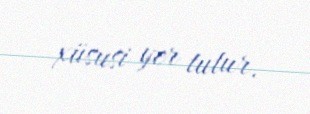
xüsusi yer tutur.